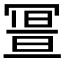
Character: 𠖚